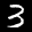
Digit: 3